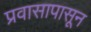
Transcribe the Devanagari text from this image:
प्रवासापासून